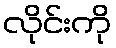
လိုင်းကို